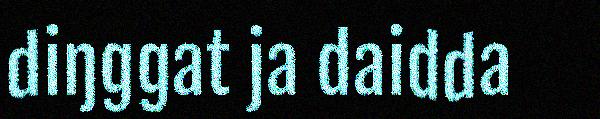
diŋggat ja daidda